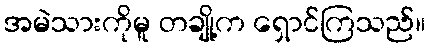
အမဲသားကိုမူ တချို့က ရှောင်ကြသည်။